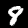
Digit: 8